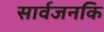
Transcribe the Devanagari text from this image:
सार्वजनकि